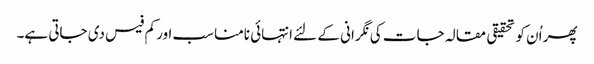
پھر اُن کو تحقیقی مقالہ جات کی نگرانی کے لئے انتہائی نامناسب اور کم فیس دی جاتی ہے۔